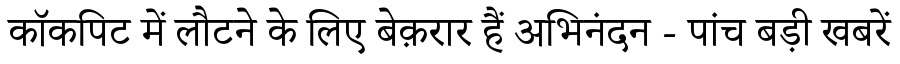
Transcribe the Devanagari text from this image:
कॉकपिट में लौटने के लिए बेक़रार हैं अभिनंदन - पांच बड़ी खबरें